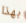
بهذا